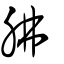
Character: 胇